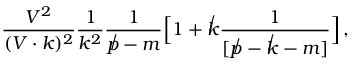
\frac { V ^ { 2 } } { ( V \cdot k ) ^ { 2 } } \frac 1 { k ^ { 2 } } \frac 1 { \not p - m } \Big [ 1 + \not k \frac 1 { [ \not p - \not k - m ] } \Big ] \, ,